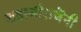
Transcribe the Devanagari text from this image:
शहाजीराजेंनी